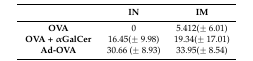
|  | IN | IM |
 | --- | --- | --- |
 | OVA | 0 | 5.412(± 6.01) |
 | OVA + αGalCer | 16.45(± 9.98) | 19.34(± 17.01) |
 | Ad-OVA | 30.66 (± 8.93) | 33.95(± 8.54) |